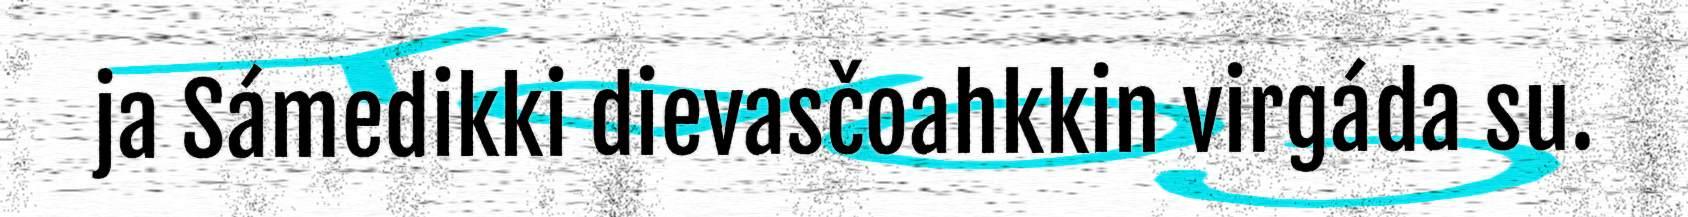
ja Sámedikki dievasčoahkkin virgáda su.